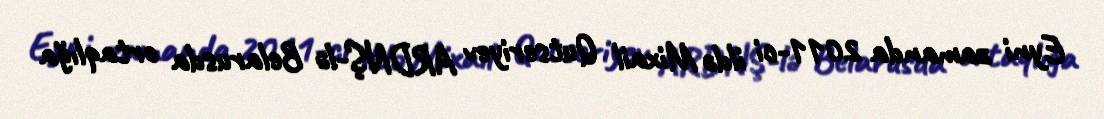
Eyni zamanda 2011-ci ildə Mixail Qutseriyev ARDNŞ-lə Belarusda ortaqlığa